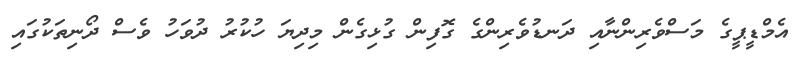
އެމްޑީޕީގެ މަސްވެރިންނާއި ދަނޑުވެރިންގެ ގޮފިން ގުޅިގެން މިދިޔަ ހުކުރު ދުވަހު ވެސް ދޯނިތަކުގައި